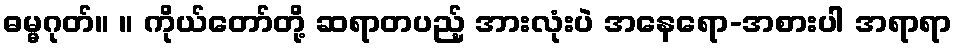
ဓမ္မဂုတ်။ ။ ကိုယ်တော်တို့ ဆရာတပည့် အားလုံးပဲ အနေရော-အစားပါ အရာရာ